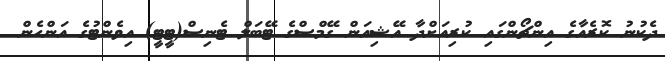
ދެކުނު ކޮރެއާގެ އިންޗޯންގައި ކުރިއަށްދާ އޭޝިއަން ގޭމްސްގެ ޓޭބަލް ޓެނިސް(ޓީޓީ) އިވެންޓުގެ އަންހެން